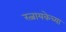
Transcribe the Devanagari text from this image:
रत्नायकेच्या